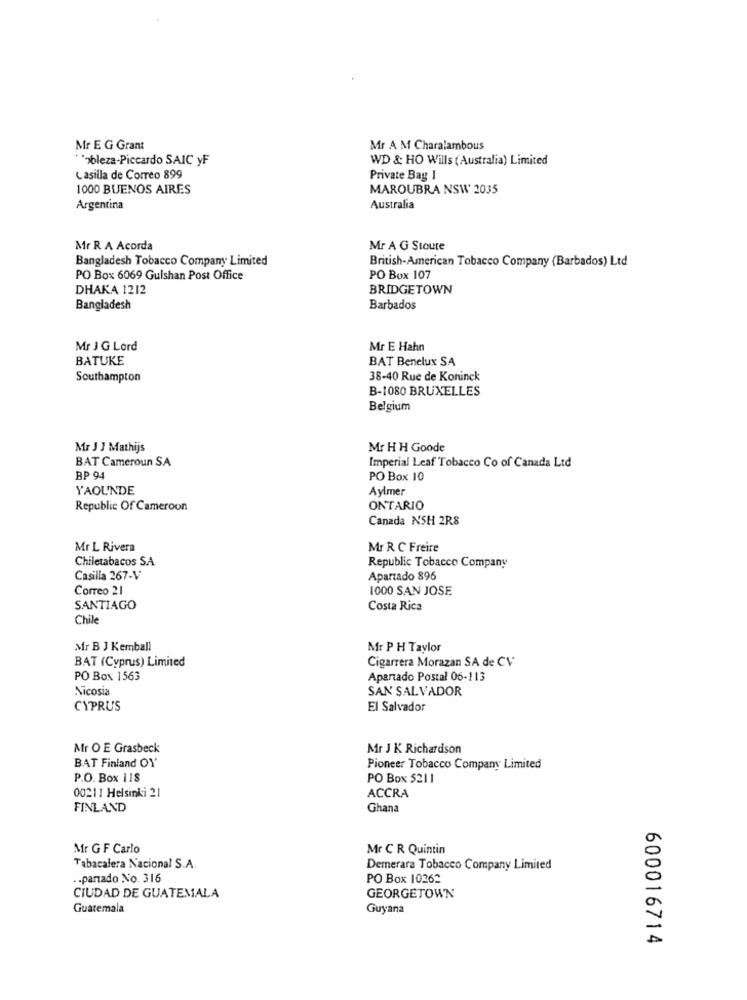
Mr E G Grant
Mr A M Charalambous
** obleza-Piccardo SAIC yF
WD & HO Wills (Australia) Limited
Casilla de Correo 899
Private Bag I
1000 BUENOS AIRES
MAROUBRA NSW 2035
Argentina
Australia
Mr R A Acorda
Mr A G Stoute
Bangladesh Tobacco Company Limited
British-American Tobacco Company (Barbados) Ltd
PO Box 6069 Gulshan Post Office
PO Box 107
DHAKA 1212
BRIDGETOWN
Bangladesh
Barbados
Mr J G Lord
Mr E Hahn
BATUKE
BAT Benelux SA
Southampton
38-40 Rue de Koninck
B-1080 BRUXELLES
Belgium
Mr J J Mathijs
Mr H H Goode
BAT Cameroun SA
Imperial Leaf Tobacco Co of Canada Ltd
BP 9-
PO Box 10
YAOUNDE
Aylmer
Republic Of Cameroon
ONTARIO
Canada NSH 2RS
Mr L Rivera
Mr R C Freire
Chiletabacos SA
Republic Tobacco Company
Casilla 267-V
Apartado 896
Correo 21
1000 SAN JOSE
SANTIAGO
Costa Rica
Chile
Mr B J Kemball
Mr P H Taylor
BAT (Cyprus) Limited
Cigarrera Morazan SA de CV
PO Box 1563
Apartado Postal 06-113
Nicosia
SAN SALVADOR
CYPRUS
El Salvador
Mr O E Grasbeck
Mr J K Richardson
BAT Finland OY
Pioneer Tobacco Company Limited
P.O. Box 118
PO Box 5211
00211 Helsinki 21
ACCRA
FINLAND
Ghana
Mr G F Carlo
Mr C R Quintin
Tabacalera Nacional S.A.
Demerara Tobacco Company Limited
.. partado No. 316
PO Box 10262
CIUDAD DE GUATEMALA
GEORGETOWN
Guatemala
Guyana
600016714